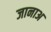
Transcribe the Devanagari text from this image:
जानाअ